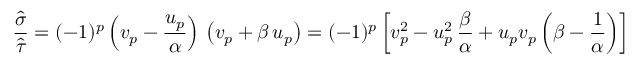
\frac { \hat { \sigma } } { \hat { \tau } } = ( - 1 ) ^ { p } \left( v _ { p } - \frac { u _ { p } } { \alpha } \right) \, \left( v _ { p } + \beta \, u _ { p } \right) = ( - 1 ) ^ { p } \left[ v _ { p } ^ { 2 } - u _ { p } ^ { 2 } \, \frac { \beta } { \alpha } + u _ { p } v _ { p } \left( \beta - \frac { 1 } { \alpha } \right) \right]